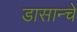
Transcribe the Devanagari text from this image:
डासान्चे